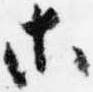
等